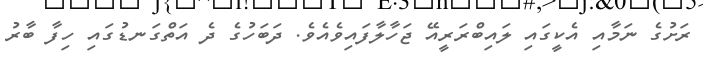
ރަށުގެ ނަމާއި އެކީގައި ލައިބްރަރީއޭ ޖަހާލާފައިވެއެވެ. ދަބަހުގެ ދެ އަތްގަނޑުގައި ހިފާ ބާރު